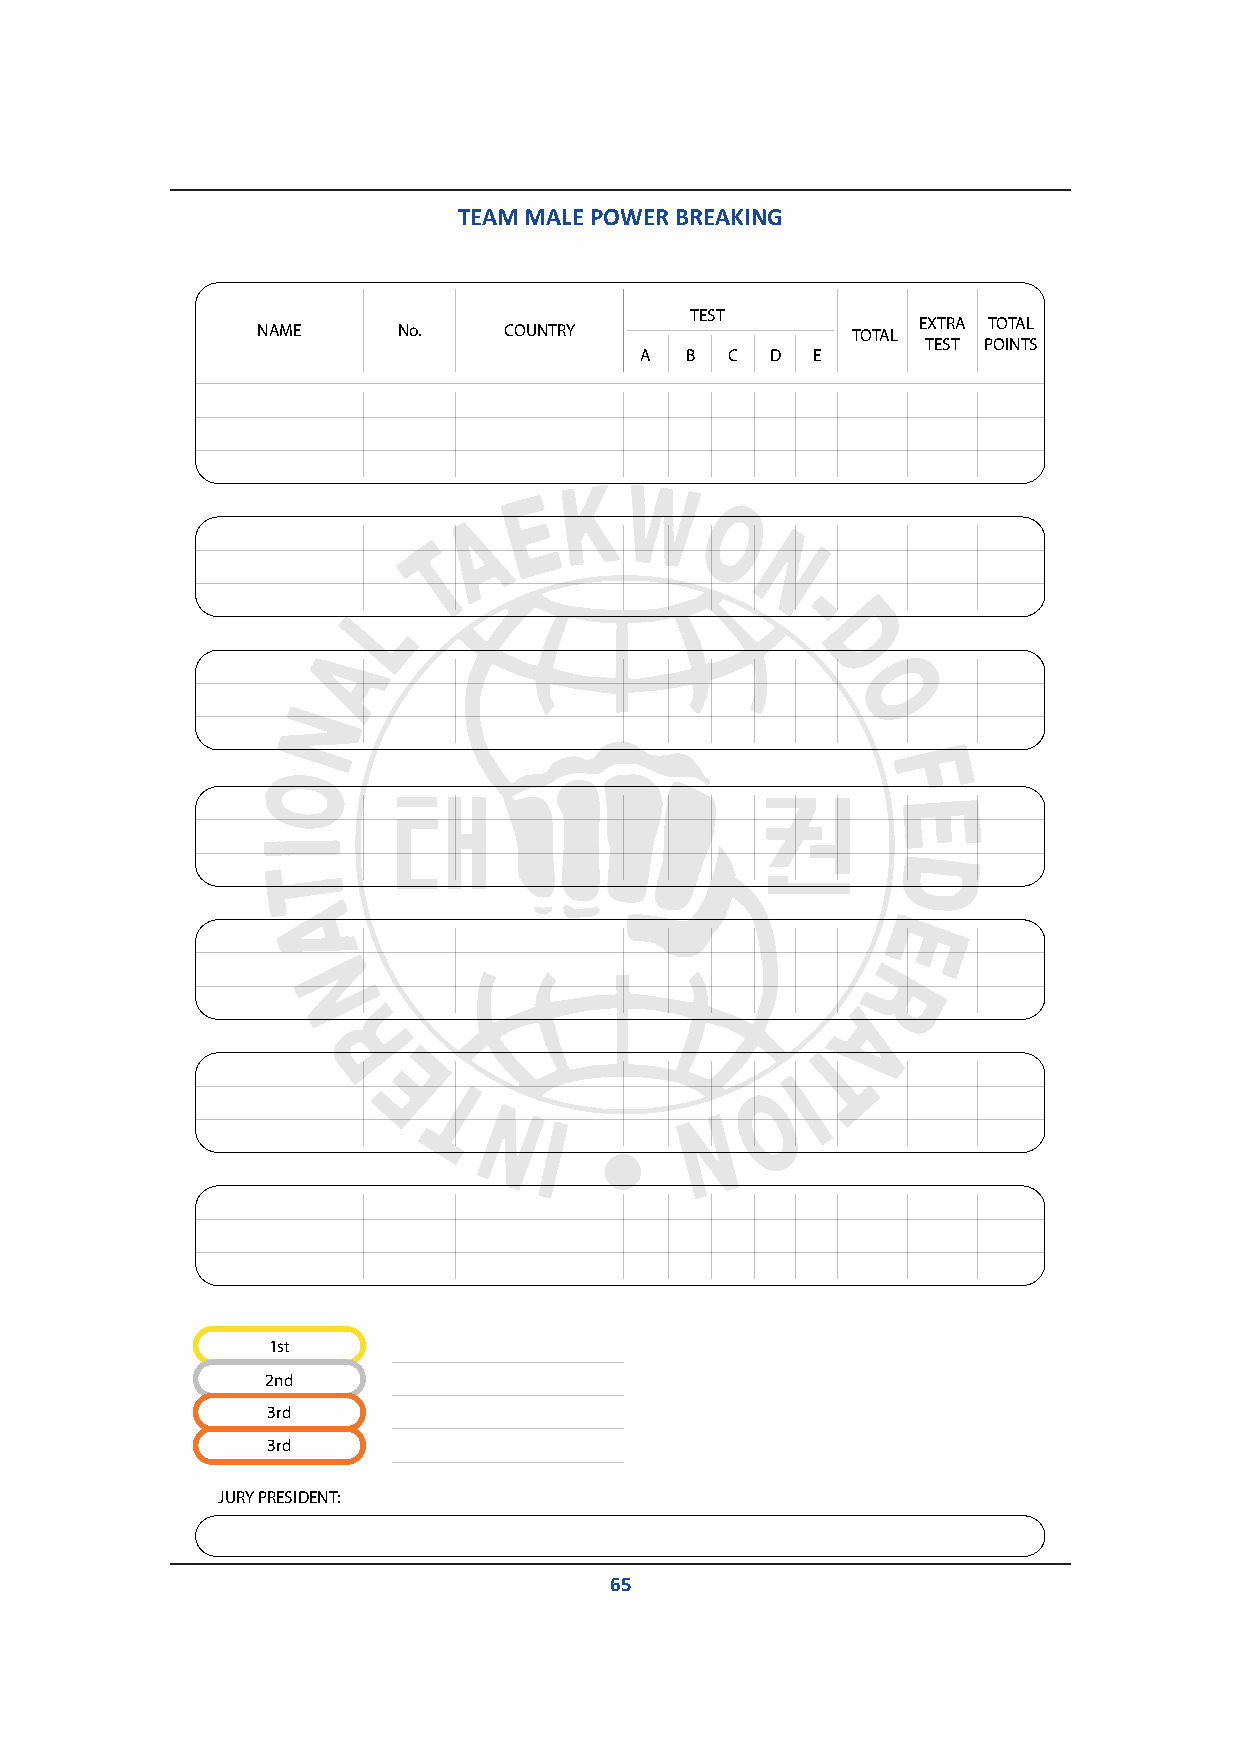
TEATMEA MMA MLAEL PEO PWOWERER B BRREEAAKKIINNGG
 TEST
 EXTRA TOTAL
 NAME     No.    COUNTRY                TOTAL
 TEST POINTS
 A  B  C  D  E
 1st
 2nd
 3rd
 3rd
 JURY PRESIDENT:
 65